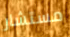
مستشار